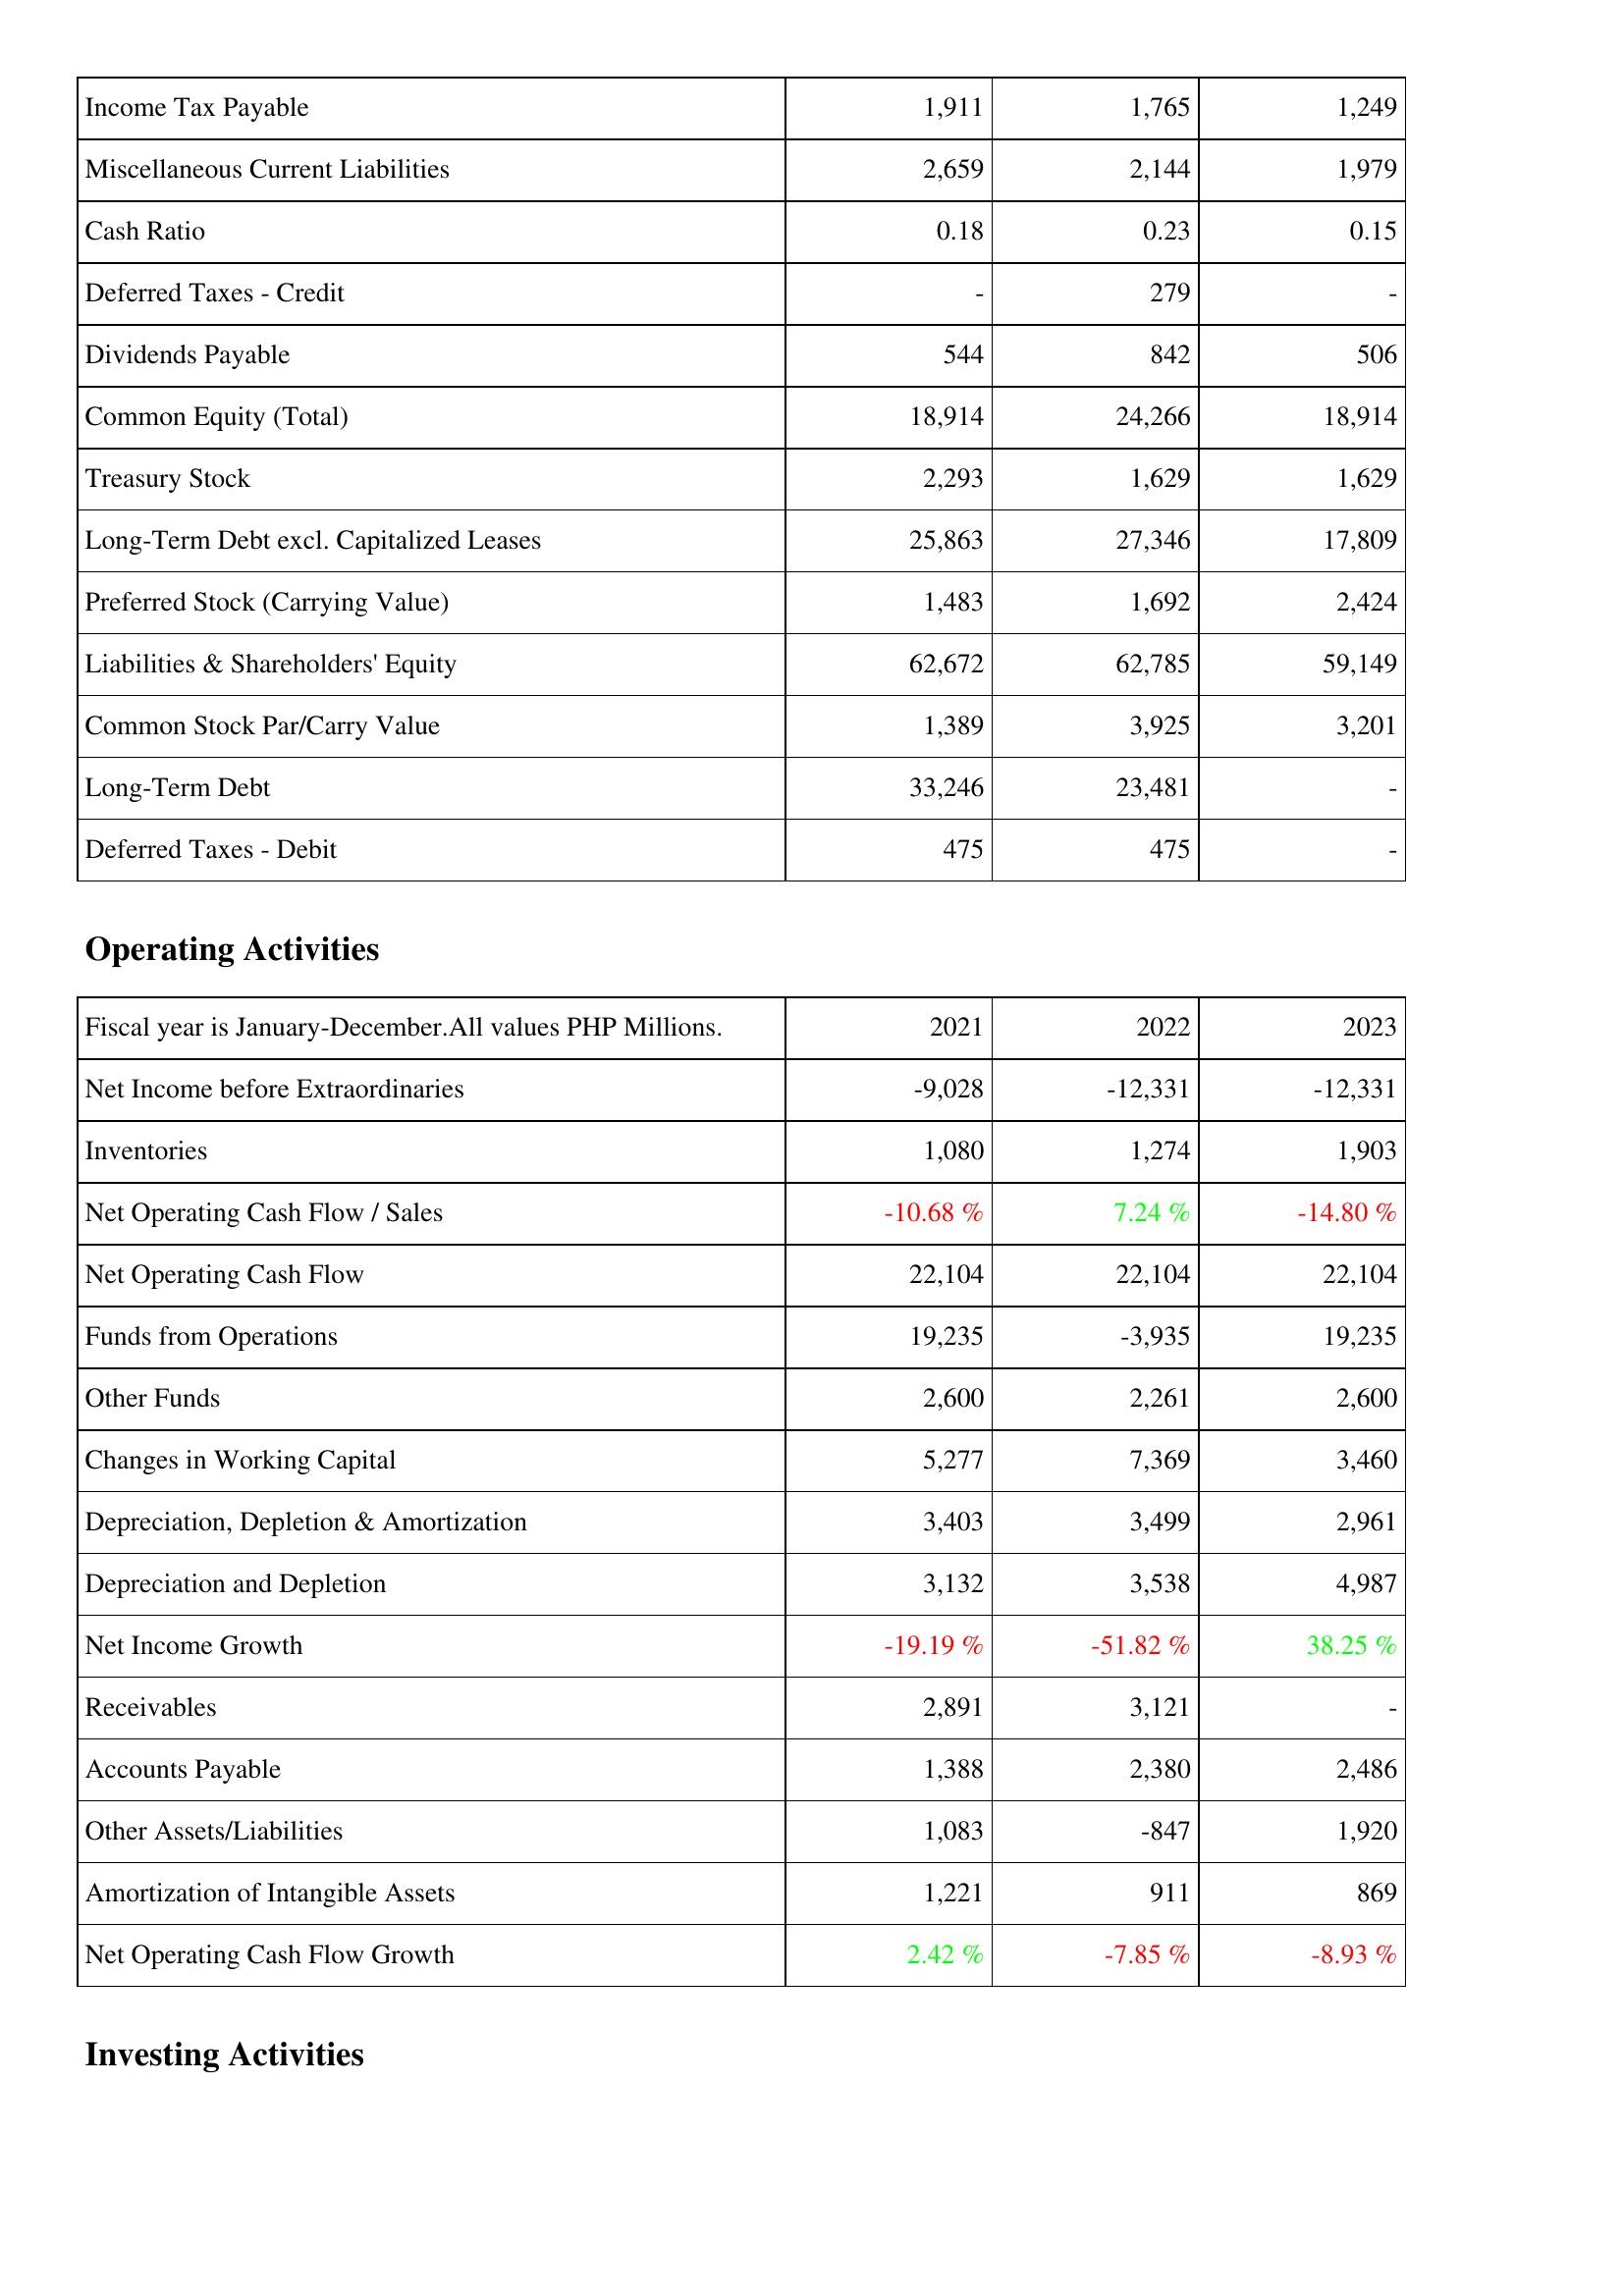
2021: Liabilities & Shareholders' Equity: Income Tax Payable: 1,911
Miscellaneous Current Liabilities: 2,659
Cash Ratio: 0.18
Deferred Taxes - Credit: -
Dividends Payable: 544
Common Equity (Total): 18,914
Treasury Stock: 2,293
Long-Term Debt excl. Capitalized Leases: 25,863
Preferred Stock (Carrying Value): 1,483
Liabilities & Shareholders' Equity: 62,672
Common Stock Par/Carry Value: 1,389
Long-Term Debt: 33,246
Deferred Taxes - Debit: 475
Operating Activities: Net Income before Extraordinaries: -9,028
Inventories: 1,080
Net Operating Cash Flow / Sales: -10.68 %
Net Operating Cash Flow: 22,104
Funds from Operations: 19,235
Other Funds: 2,600
Changes in Working Capital: 5,277
Depreciation, Depletion & Amortization: 3,403
Depreciation and Depletion: 3,132
Net Income Growth: -19.19 %
Receivables: 2,891
Accounts Payable: 1,388
Other Assets/Liabilities: 1,083
Amortization of Intangible Assets: 1,221
Net Operating Cash Flow Growth: 2.42 %
2022: Liabilities & Shareholders' Equity: Income Tax Payable: 1,765
Miscellaneous Current Liabilities: 2,144
Cash Ratio: 0.23
Deferred Taxes - Credit: 279
Dividends Payable: 842
Common Equity (Total): 24,266
Treasury Stock: 1,629
Long-Term Debt excl. Capitalized Leases: 27,346
Preferred Stock (Carrying Value): 1,692
Liabilities & Shareholders' Equity: 62,785
Common Stock Par/Carry Value: 3,925
Long-Term Debt: 23,481
Deferred Taxes - Debit: 475
Operating Activities: Net Income before Extraordinaries: -12,331
Inventories: 1,274
Net Operating Cash Flow / Sales: 7.24 %
Net Operating Cash Flow: 22,104
Funds from Operations: -3,935
Other Funds: 2,261
Changes in Working Capital: 7,369
Depreciation, Depletion & Amortization: 3,499
Depreciation and Depletion: 3,538
Net Income Growth: -51.82 %
Receivables: 3,121
Accounts Payable: 2,380
Other Assets/Liabilities: -847
Amortization of Intangible Assets: 911
Net Operating Cash Flow Growth: -7.85 %
2023: Liabilities & Shareholders' Equity: Income Tax Payable: 1,249
Miscellaneous Current Liabilities: 1,979
Cash Ratio: 0.15
Deferred Taxes - Credit: -
Dividends Payable: 506
Common Equity (Total): 18,914
Treasury Stock: 1,629
Long-Term Debt excl. Capitalized Leases: 17,809
Preferred Stock (Carrying Value): 2,424
Liabilities & Shareholders' Equity: 59,149
Common Stock Par/Carry Value: 3,201
Long-Term Debt: -
Deferred Taxes - Debit: -
Operating Activities: Net Income before Extraordinaries: -12,331
Inventories: 1,903
Net Operating Cash Flow / Sales: -14.80 %
Net Operating Cash Flow: 22,104
Funds from Operations: 19,235
Other Funds: 2,600
Changes in Working Capital: 3,460
Depreciation, Depletion & Amortization: 2,961
Depreciation and Depletion: 4,987
Net Income Growth: 38.25 %
Receivables: -
Accounts Payable: 2,486
Other Assets/Liabilities: 1,920
Amortization of Intangible Assets: 869
Net Operating Cash Flow Growth: -8.93 %